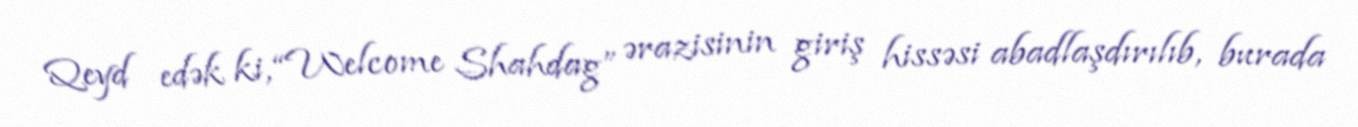
Qeyd edək ki, “Welcome Shahdag” ərazisinin giriş hissəsi abadlaşdırılıb, burada